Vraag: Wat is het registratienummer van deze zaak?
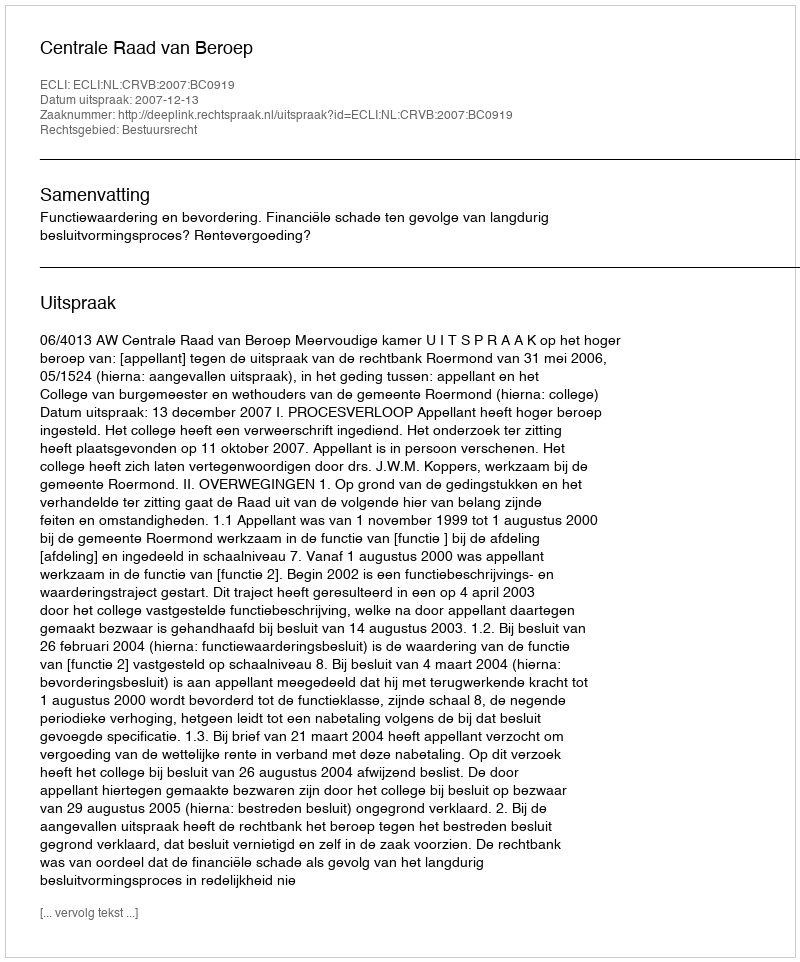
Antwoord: http://deeplink.rechtspraak.nl/uitspraak?id=ECLI:NL:CRVB:2007:BC0919